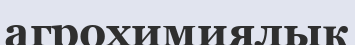
агрохимиялық